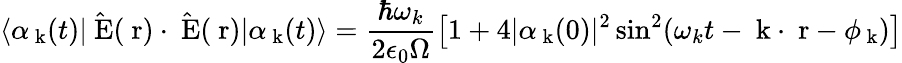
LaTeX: \langle\alpha_{\mathrm{\mathbf~k}}(t)|\hat{\mathrm{\mathbf~E}}(\mathrm{\mathbf~r})\cdot\hat{\mathrm{\mathbf~E}}(\mathrm{\mathbf~r})|\alpha_{\mathrm{\mathbf~k}}(t)\rangle=\frac{\hbar\omega_{k}}{2\epsilon_{0}\Omega}\left[1+4|\alpha_{\mathrm{\mathbf~k}}(0)|^{2}\sin^{2}(\omega_{k}t-\mathrm{\mathbf~k}\cdot\mathrm{\mathbf~r}-\phi_{\mathrm{\mathbf~k}})\right]